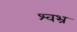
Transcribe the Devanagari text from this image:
श्वभ्र